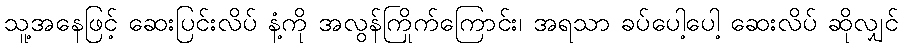
သူ့အနေဖြင့် ဆေးပြင်းလိပ် နံ့ကို အလွန်ကြိုက်ကြောင်း၊ အရသာ ခပ်ပေါ့ပေါ့ ဆေးလိပ် ဆိုလျှင်